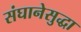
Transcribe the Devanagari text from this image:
संघानेसुद्धा